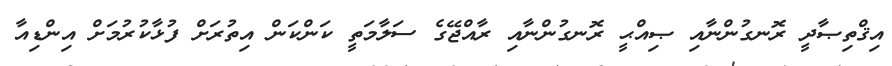
އިޤްތިޞާދީ ރޮނގުންނާއި ޞިއްޙީ ރޮނގުންނާއި ރާއްޖޭގެ ސަލާމަތީ ކަންކަން އިތުރަށް ފުޅާކުރުމަށް އިންޑިއާ